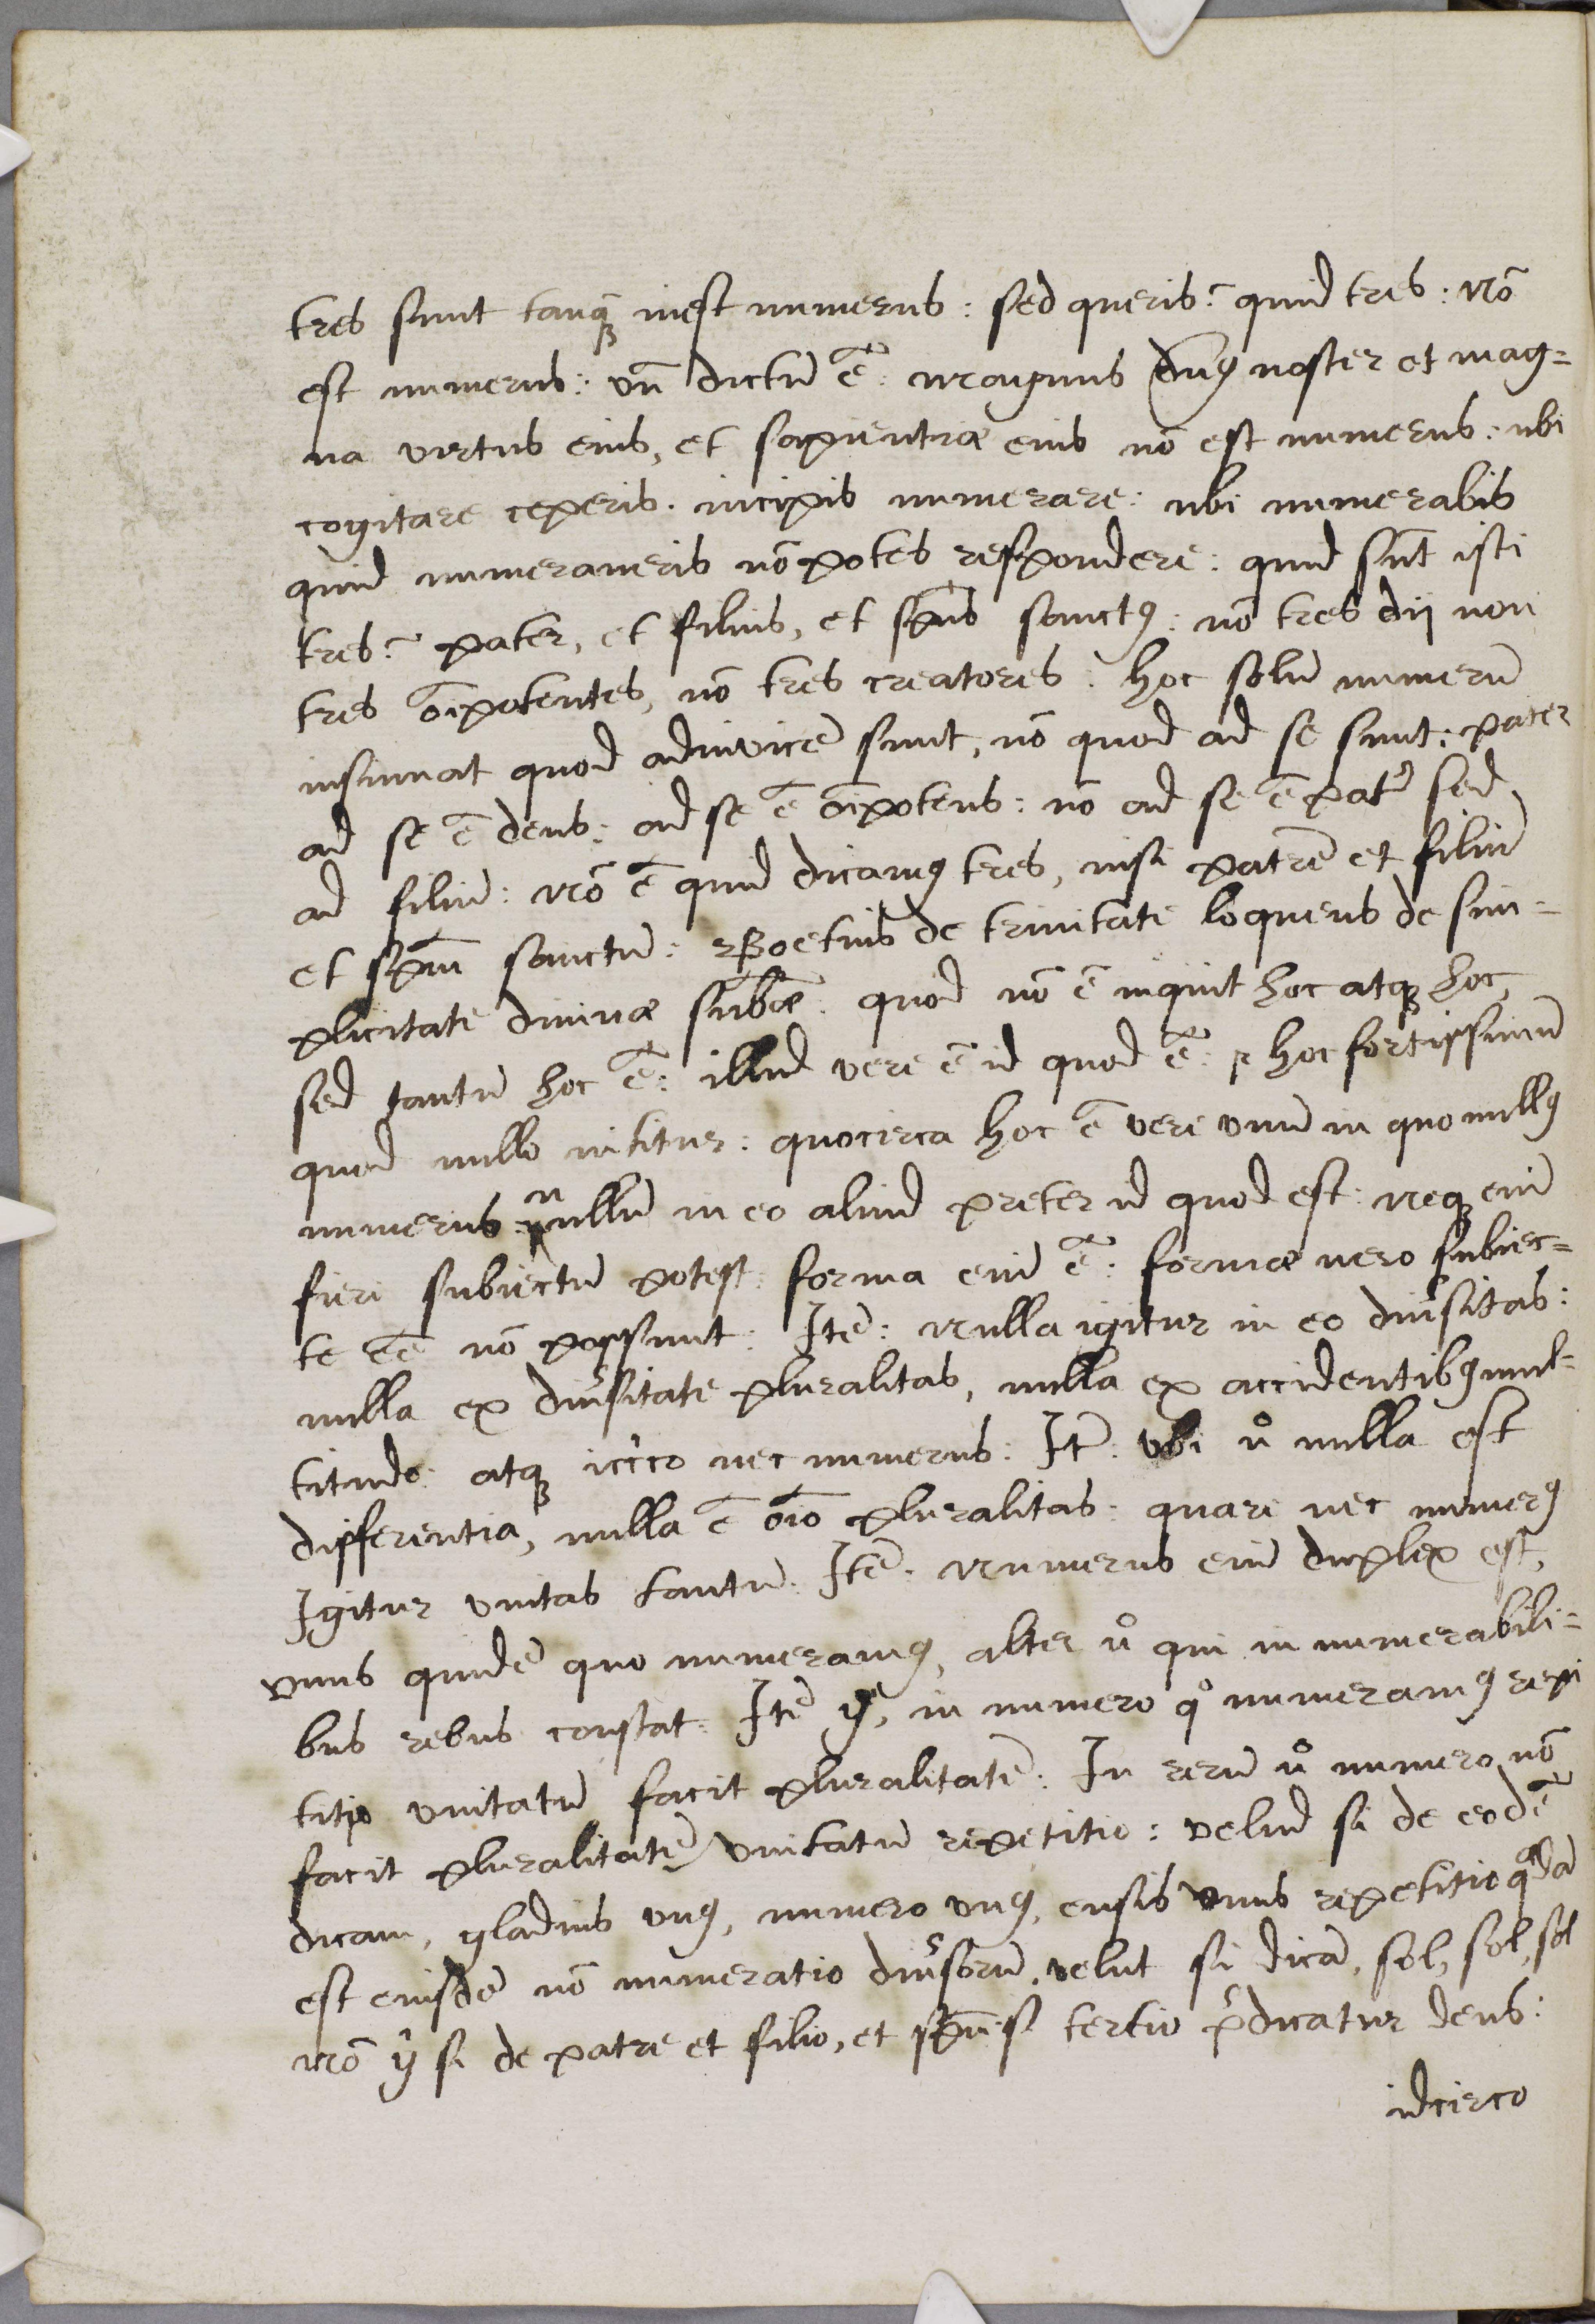
Shelfmark: Cambridge, Corpus Christi College, MS 165
Century: 16